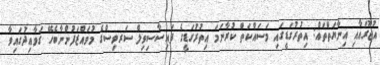
އުޖޫރައާއި އިނާޔަތްތައް: އިތުރުގަޑީގައި މަސައްކަތް ކުރާނަމަ އިތުރުގަޑީގެ ފައިސާސިވިލް ސަރވިސްގެ މުވައްޒަފުންނާބެހޭ ގަވާއިދުގައިވާ